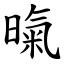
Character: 暣